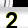
Digit: 2